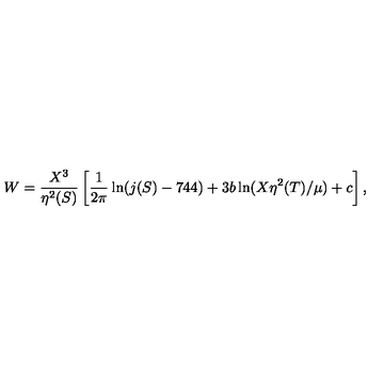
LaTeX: W = \frac { X ^ { 3 } } { \eta ^ { 2 } ( S ) } \left[ \frac { 1 } { 2 \pi } \ln ( j ( S ) - 7 4 4 ) + 3 b \ln ( X \eta ^ { 2 } ( T ) / \mu ) + c \right] ,